Report on sanitation, dispensaries, and jails in Rajputana for 1919, and on vaccination for the year 1919-1920 - 1919-1920
Year: 1919
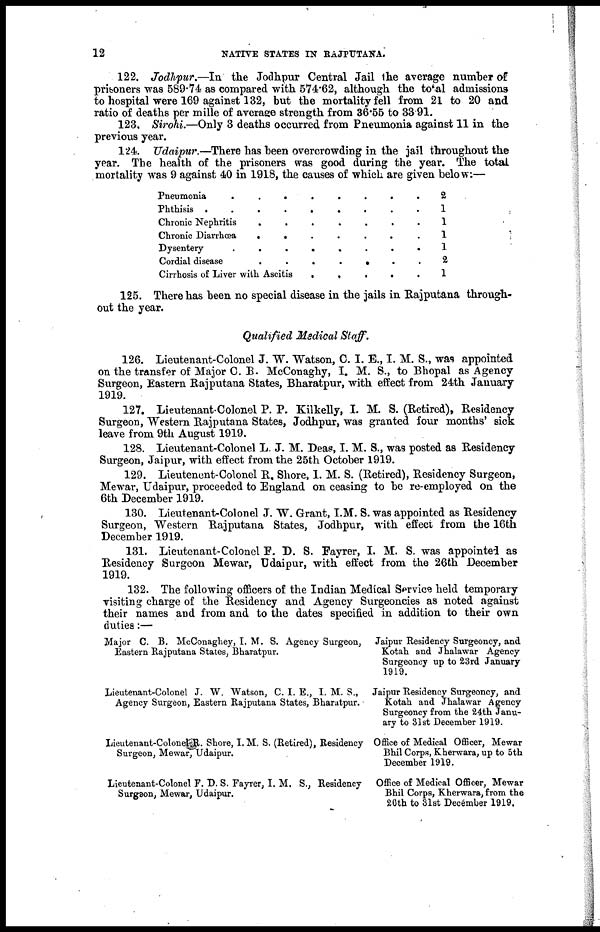
12
NATIVE STATES IN RAJPUTANA.
122. Jodhpur.—In the Jodhpur Central Jail the average number of
prisoners was 589.74 as compared with 574.62, although the total admissions
to hospital were 169 against 132, but the mortality fell from 21 to 20 and
ratio of deaths per mille of average strength from 36.55 to 33.91.
123. Sirohi.—Only 3 deaths occurred from Pneumonia against 11 in the
previous year.
124. Udaipur.—There has been overcrowding in the jail throughout the
year. The health of the prisoners was good during the year. The total
mortality was 9 against 40 in 1918, the causes of which are given below:—
Pneumonia . . . . . . . . .
Phthisis
.
.
.
.
.
.
.
.
.
Chronic Nephritis . . . . . . . . .
Chronic Diarrhœa
.
.
.
.
.
.
.
.
.
Dysentery . . . . . . . . .
Cordial disease
.
.
.
.
.
.
.
.
.
Cirrhosis of Liver with Ascitis . . . . . . . . .
2
1
1
1
1
2
1
125. There has been no special disease in the jails in Rajputana through-
out the year.
Qualified Medical Staff.
126. Lieutenant-Colonel J. W. Watson, C. I. E., I. M. S., was appointed
on the transfer of Major C. B. McConaghy, I. M. S., to Bhopal as Agency
Surgeon, Eastern Rajputana States, Bharatpur, with effect from 24th January
1919.
127. Lieutenant-Colonel P. P. Kilkelly, I. M. S. (Retired), Residency
Surgeon, Western Rajputana States, Jodhpur, was granted four months' sick
leave from 9th August 1919.
128. Lieutenant-Colonel L. J. M. Deas, I. M. S., was posted as Residency
Surgeon, Jaipur, with effect from the 25th October 1919.
129. Lieutenent-Colonel R. Shore, I. M. S. (Retired), Residency Surgeon,
Mewar, Udaipur, proceeded to England on ceasing to be re-employed on the
6th December 1919.
130. Lieutenant-Colonel J. W. Grant, I.M. S. was appointed as Residency
Surgeon, "Western Rajputana States, Jodhpur, with effect from the 16th
December 1919.
131. Lieutenant-Colonel F. D. S. Fayrer, I. M. S. was appointed as
Residency Surgeon Mewar, Udaipur, with effect from the 26th December
1919.
132. The following officers of the Indian Medical Service held temporary
visiting charge of the Residency and Agency Surgeoncies as noted against
their names and from and to the dates specified in addition to their own
duties:—
Major C. B. McConaghey, I. M. S. Agency Surgeon,
Eastern Rajputana States, Bharatpur.
Lieutenant-Colonel J. W. Watson, C. I. E., I. M. S.,
Agency Surgeon, Eastern Rajputana States, Bharatpur.
Lieutenant-Colonel R. Shore, I. M. S. (Retired), Residency
Surgeon, Mewar, Udaipur.
Lieutenant-Colonel F. D. S. Fayrer, I. M. S., Residency
Surgeon, Mewar, Udaipur.
Jaipur Residency Surgeoncy, and
Kotah and Jhalawar Agency
Surgeoncy up to 23rd January
1919.
Jaipur Residency Surgeoncy, and
Kotah and Jhalawar Agency
Surgeoncy from the 24th Janu-
ary to 31st December 1919.
Office of Medical Officer, Mewar
Bhil Corps, Kherwara, up to 5th
December 1919.
Office of Medical Officer, Mewar
Bhil Corps, Kherwara, from the
26th to 31st December 1919.